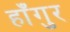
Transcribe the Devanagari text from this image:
हाँगुर